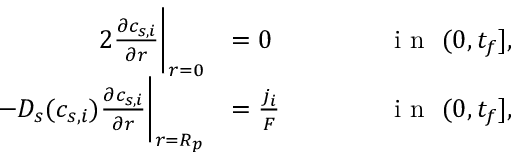
\begin{array} { r l r l } { { 2 } \frac { \partial c _ { s , i } } { \partial r } \bigg | _ { r = 0 } } & { = 0 } & { \qquad } & { \textrm { i n } \ ( 0 , t _ { f } ] , } \\ { - D _ { s } ( c _ { s , i } ) \frac { \partial c _ { s , i } } { \partial r } \bigg | _ { r = R _ { p } } } & { = \frac { j _ { i } } { F } } & & { \textrm { i n } \ ( 0 , t _ { f } ] , } \end{array}